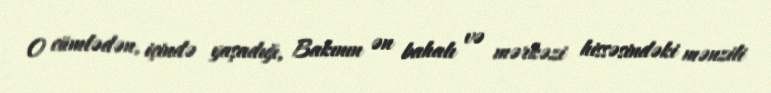
O cümlədən, içində yaşadığı, Bakının ən bahalı və mərkəzi hissəsindəki mənzili